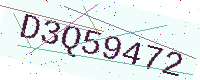
Text: D3Q59472